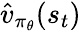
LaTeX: \hat{v}_{\pi_{\theta}}(s_{t})